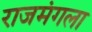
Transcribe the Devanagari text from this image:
राजमंगला